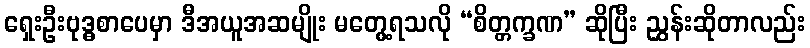
ရှေးဦးဗုဒ္ဓစာပေမှာ ဒီအယူအဆမျိုး မတွေ့ရသလို “စိတ္တက္ခဏ” ဆိုပြီး ညွှန်းဆိုတာလည်း